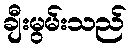
ချီးမွမ်းသည်